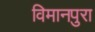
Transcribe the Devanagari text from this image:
विमानपुरा